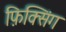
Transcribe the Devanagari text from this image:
फ़िक्सिंग